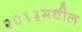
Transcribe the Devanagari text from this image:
२०१३मधील